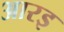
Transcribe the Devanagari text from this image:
आरइ